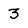
Character: 3